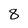
Character: 8